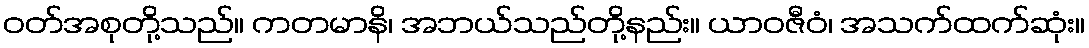
ဝတ်အစုတို့သည်။ ကတမာနိ၊ အဘယ်သည်တို့နည်း။ ယာဝဇီဝံ၊ အသက်ထက်ဆုံး။